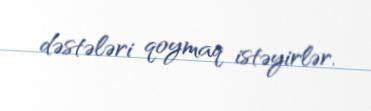
dəstələri qoymaq istəyirlər.